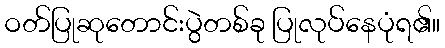
ဝတ်ပြုဆုတောင်းပွဲတစ်ခု ပြုလုပ်နေပုံရ၏။